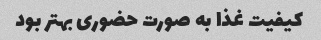
کیفیت غذا به صورت حضورى بهتر بود